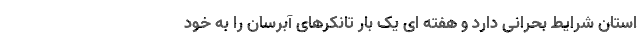
استان شرایط بحرانی دارد و هفته ای یک بار تانکرهای آبرسان را به خود